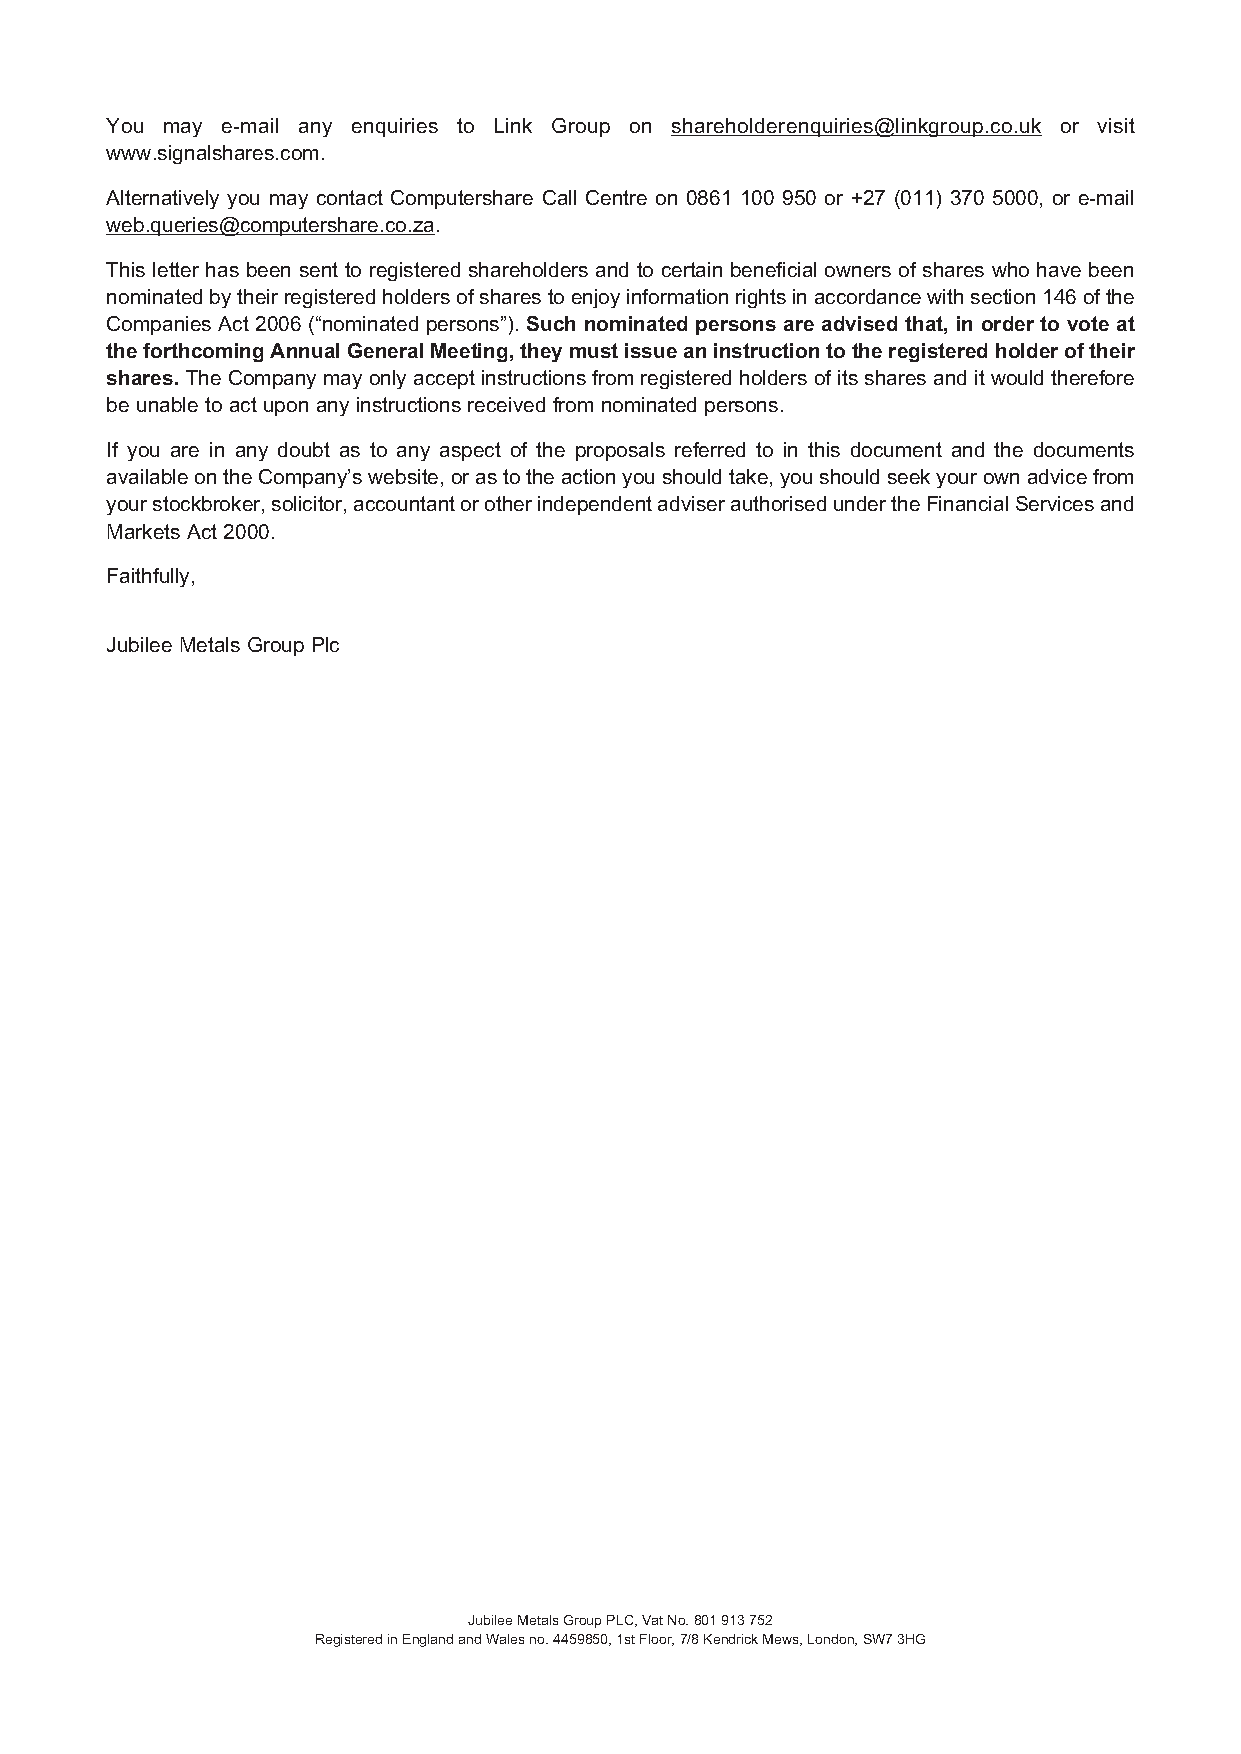
You may e-mail any enquiries to Link Group on shareholderenquiries@linkgroup.co.uk or visit
 www.signalshares.com.
 Alternatively you may contact Computershare Call Centre on 0861 100 950 or +27 (011) 370 5000, or e-mail
 web.queries@computershare.co.za.
 This letter has been sent to registered shareholders and to certain beneficial owners of shares who have been
 nominatedbytheirregisteredholdersofsharestoenjoyinformationrightsinaccordancewithsection146ofthe
 Companies Act 2006 (“nominated persons”). Such nominated persons are advised that, in order to vote at
 theforthcomingAnnualGeneralMeeting,theymustissueaninstructiontotheregisteredholderoftheir
 shares.TheCompanymayonlyacceptinstructionsfromregisteredholdersofitssharesanditwouldtherefore
 be unable to act upon any instructions received from nominated persons.
 If you are in any doubt as to any aspect of the proposals referred to in this document and the documents
 availableontheCompany’swebsite,orastotheactionyoushouldtake,youshouldseekyourownadvicefrom
 yourstockbroker,solicitor,accountantorotherindependentadviserauthorisedundertheFinancialServicesand
 Markets Act 2000.
 Faithfully,
 Jubilee Metals Group Plc
 JubileeMetalsGroupPLC,VatNo.801913752
 RegisteredinEnglandandWalesno.4459850,1stFloor,7/8KendrickMews,London,SW73HG